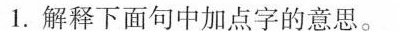
1.解释下面句中加点字的意思。